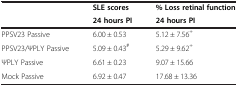
<table><thead><tr><td><b> </b></td><td><b>SLE scores</b></td><td><b>% Loss retinal function</b></td></tr><tr><td><b> </b></td><td><b>24 hours PI</b></td><td><b>24 hours PI</b></td></tr></thead><tbody><tr><td>PPSV23 Passive</td><td>6.00 ± 0.53</td><td>5.12 ± 7.56<sup>+</sup></td></tr><tr><td>PPSV23/ΨPLY Passive</td><td>5.09 ± 0.43<sup>#</sup></td><td>5.29 ± 9.62<sup>+</sup></td></tr><tr><td>ΨPLY Passive</td><td>6.61 ± 0.23</td><td>9.07 ± 15.66</td></tr><tr><td>Mock Passive</td><td>6.92 ± 0.47</td><td>17.68 ± 13.36</td></tr></tbody></table>